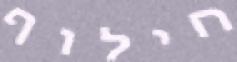
חילוף